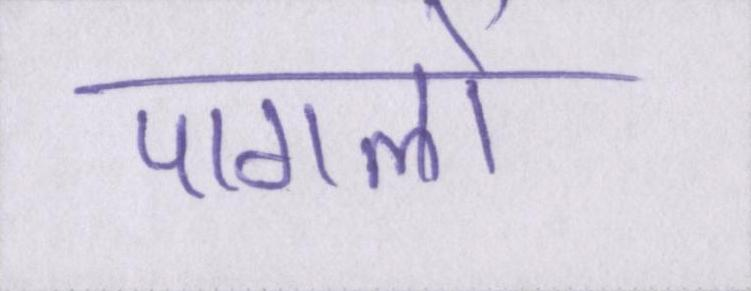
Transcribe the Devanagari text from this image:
पागलों